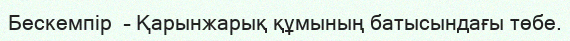
Бескемпір  – Қарынжарық құмының батысындағы төбе.